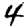
Digit: 4